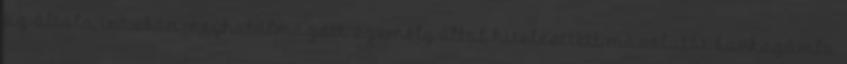
az általa írásban meghatalmazott személy által hitelesített másolatát bankszámla